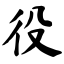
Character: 役